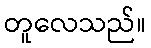
တူလေသည်။